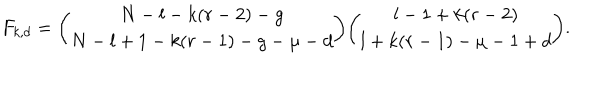
LaTeX: F _ { k , d } = { \binom { N - l - k ( r - 2 ) - g } { N - l + 1 - k ( r - 1 ) - g - \mu - d } } { \binom { l - 1 + k ( r - 2 ) } { l + k ( r - 1 ) - \mu - 1 + d } } .